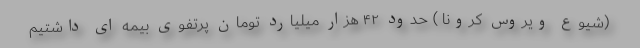
(شیوع ویروس کرونا ) حدود ۴۲ هزار میلیارد تومان پرتفوی بیمه ای داشتیم